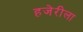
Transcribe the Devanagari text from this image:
हजेरीला